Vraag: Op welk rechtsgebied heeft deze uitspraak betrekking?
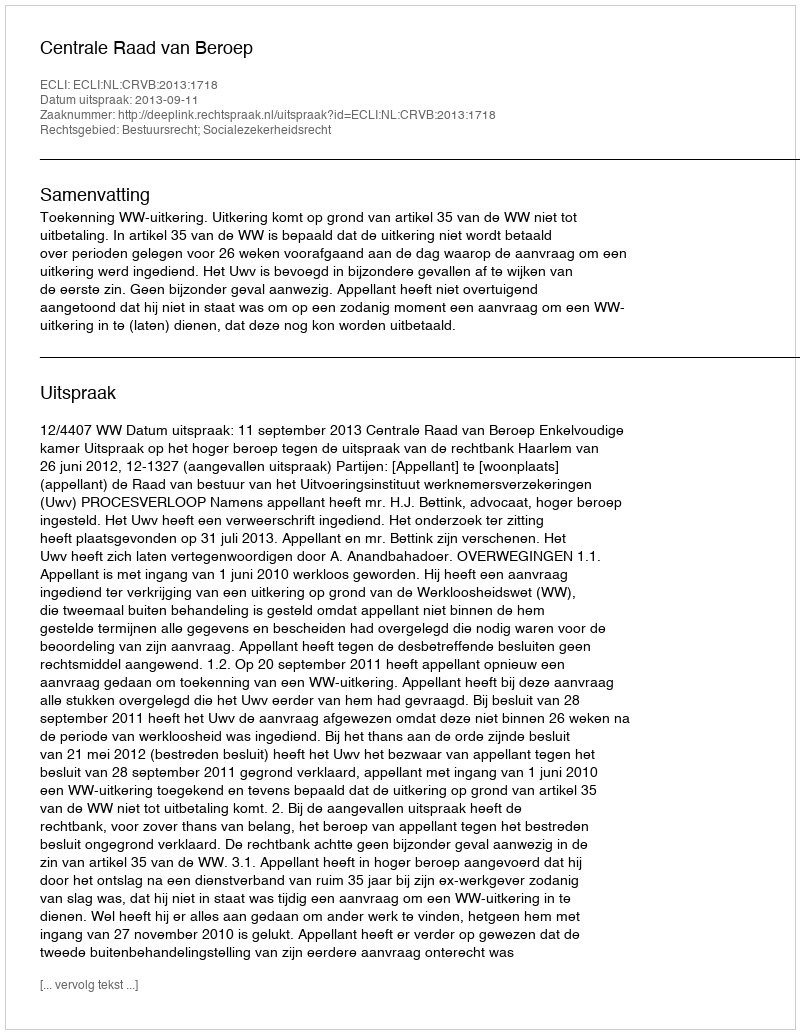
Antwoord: Bestuursrecht; Socialezekerheidsrecht